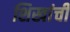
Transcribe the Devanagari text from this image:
शिखांची